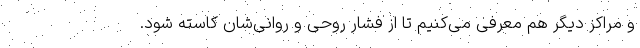
و مراکز دیگر هم معرفی می‌کنیم تا از فشار روحی و روانی‌شان کاسته شود.